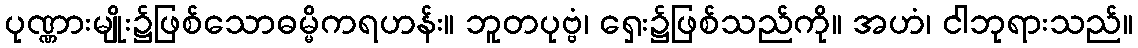
ပုဏ္ဏားမျိုး၌ဖြစ်သောဓမ္မိကရဟန်း။ ဘူတပုဗ္ဗံ၊ ရှေး၌ဖြစ်သည်ကို။ အဟံ၊ ငါဘုရားသည်။